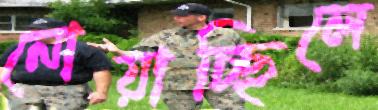
নোয়াচ্ছিলে